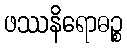
ဖဿနိရောဓဉ္စ